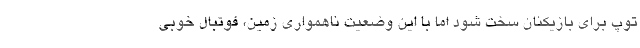
توپ برای بازیکنان سخت شود اما با این وضعیت ناهمواری زمین، فوتبال خوبی